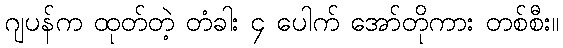
ဂျပန်က ထုတ်တဲ့ တံခါး ၄ ပေါက် အော်တိုကား တစ်စီး။